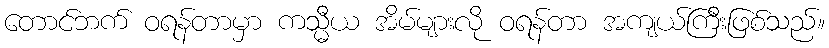
တောင်ဘက် ဝရန်တာမှာ ကသ္မီယ အိမ်များလို ဝရန်တာ အကျယ်ကြီးဖြစ်သည်။